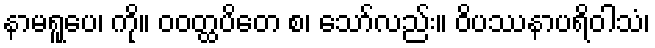
နာမရူပေ၊ ကို။ ဝဝတ္ထပိတေ စ၊ သော်လည်း။ ဝိပဿနာပရိဝါသံ၊